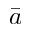
\bar { a }